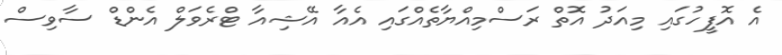
އެ އޮފީހުގައި މިއަދު އޮތް ރަސްމިއްޔާތެއްގައި އެއާ އޭޝިއާ ޓްރެވަލް އެންޑް ސާވިސް